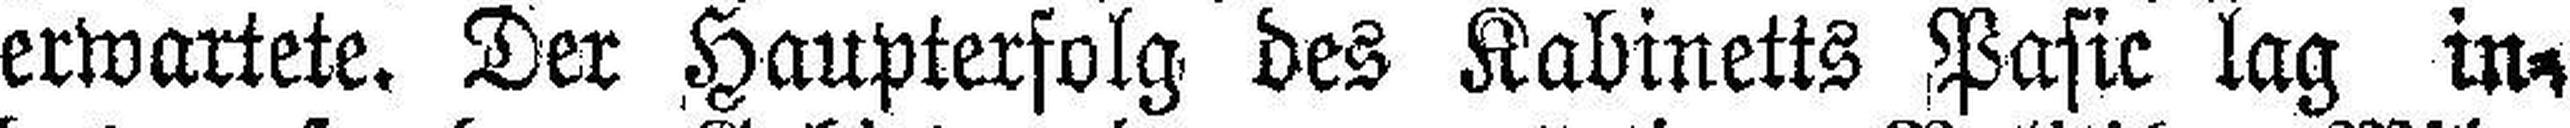
erwartete. Der Haupterfolg des Kabinetts Pasic lag in¬